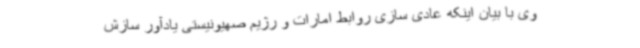
وی با بیان اینکه عادی سازی روابط امارات و رژیم صهیونیستی یادآور سازش